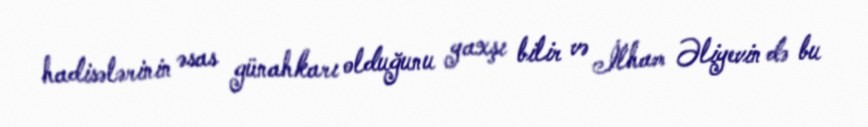
hadisələrinin əsas günahkarı olduğunu yaxşı bilir və İlham Əliyevin də bu